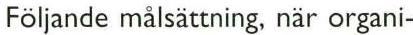
Följande målsattning, när organi-